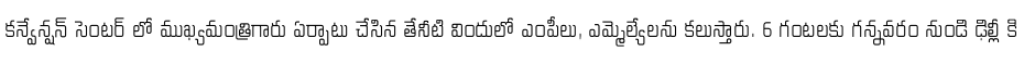
కన్వేన్షన్ సెంటర్ లో ముఖ్యమంత్రిగారు ఏర్పాటు చేసిన తేనీటి విందులో ఎంపీలు, ఎమ్మెల్యేలను కలుస్తారు. 6 గంటలకు గన్నవరం నుండి ఢిల్లీ కి